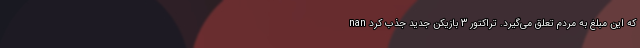
که این مبلغ به مردم تعلق می‌گیرد. تراکتور 3 بازیکن جدید جذب کرد nan